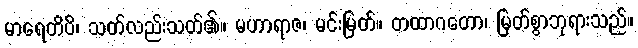
မာရေတိပိ၊ သတ်လည်းသတ်၏။ မဟာရာဇ၊ မင်းမြတ်။ တထာဂတော၊ မြတ်စွာဘုရားသည်။